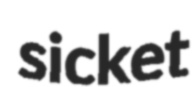
sicket